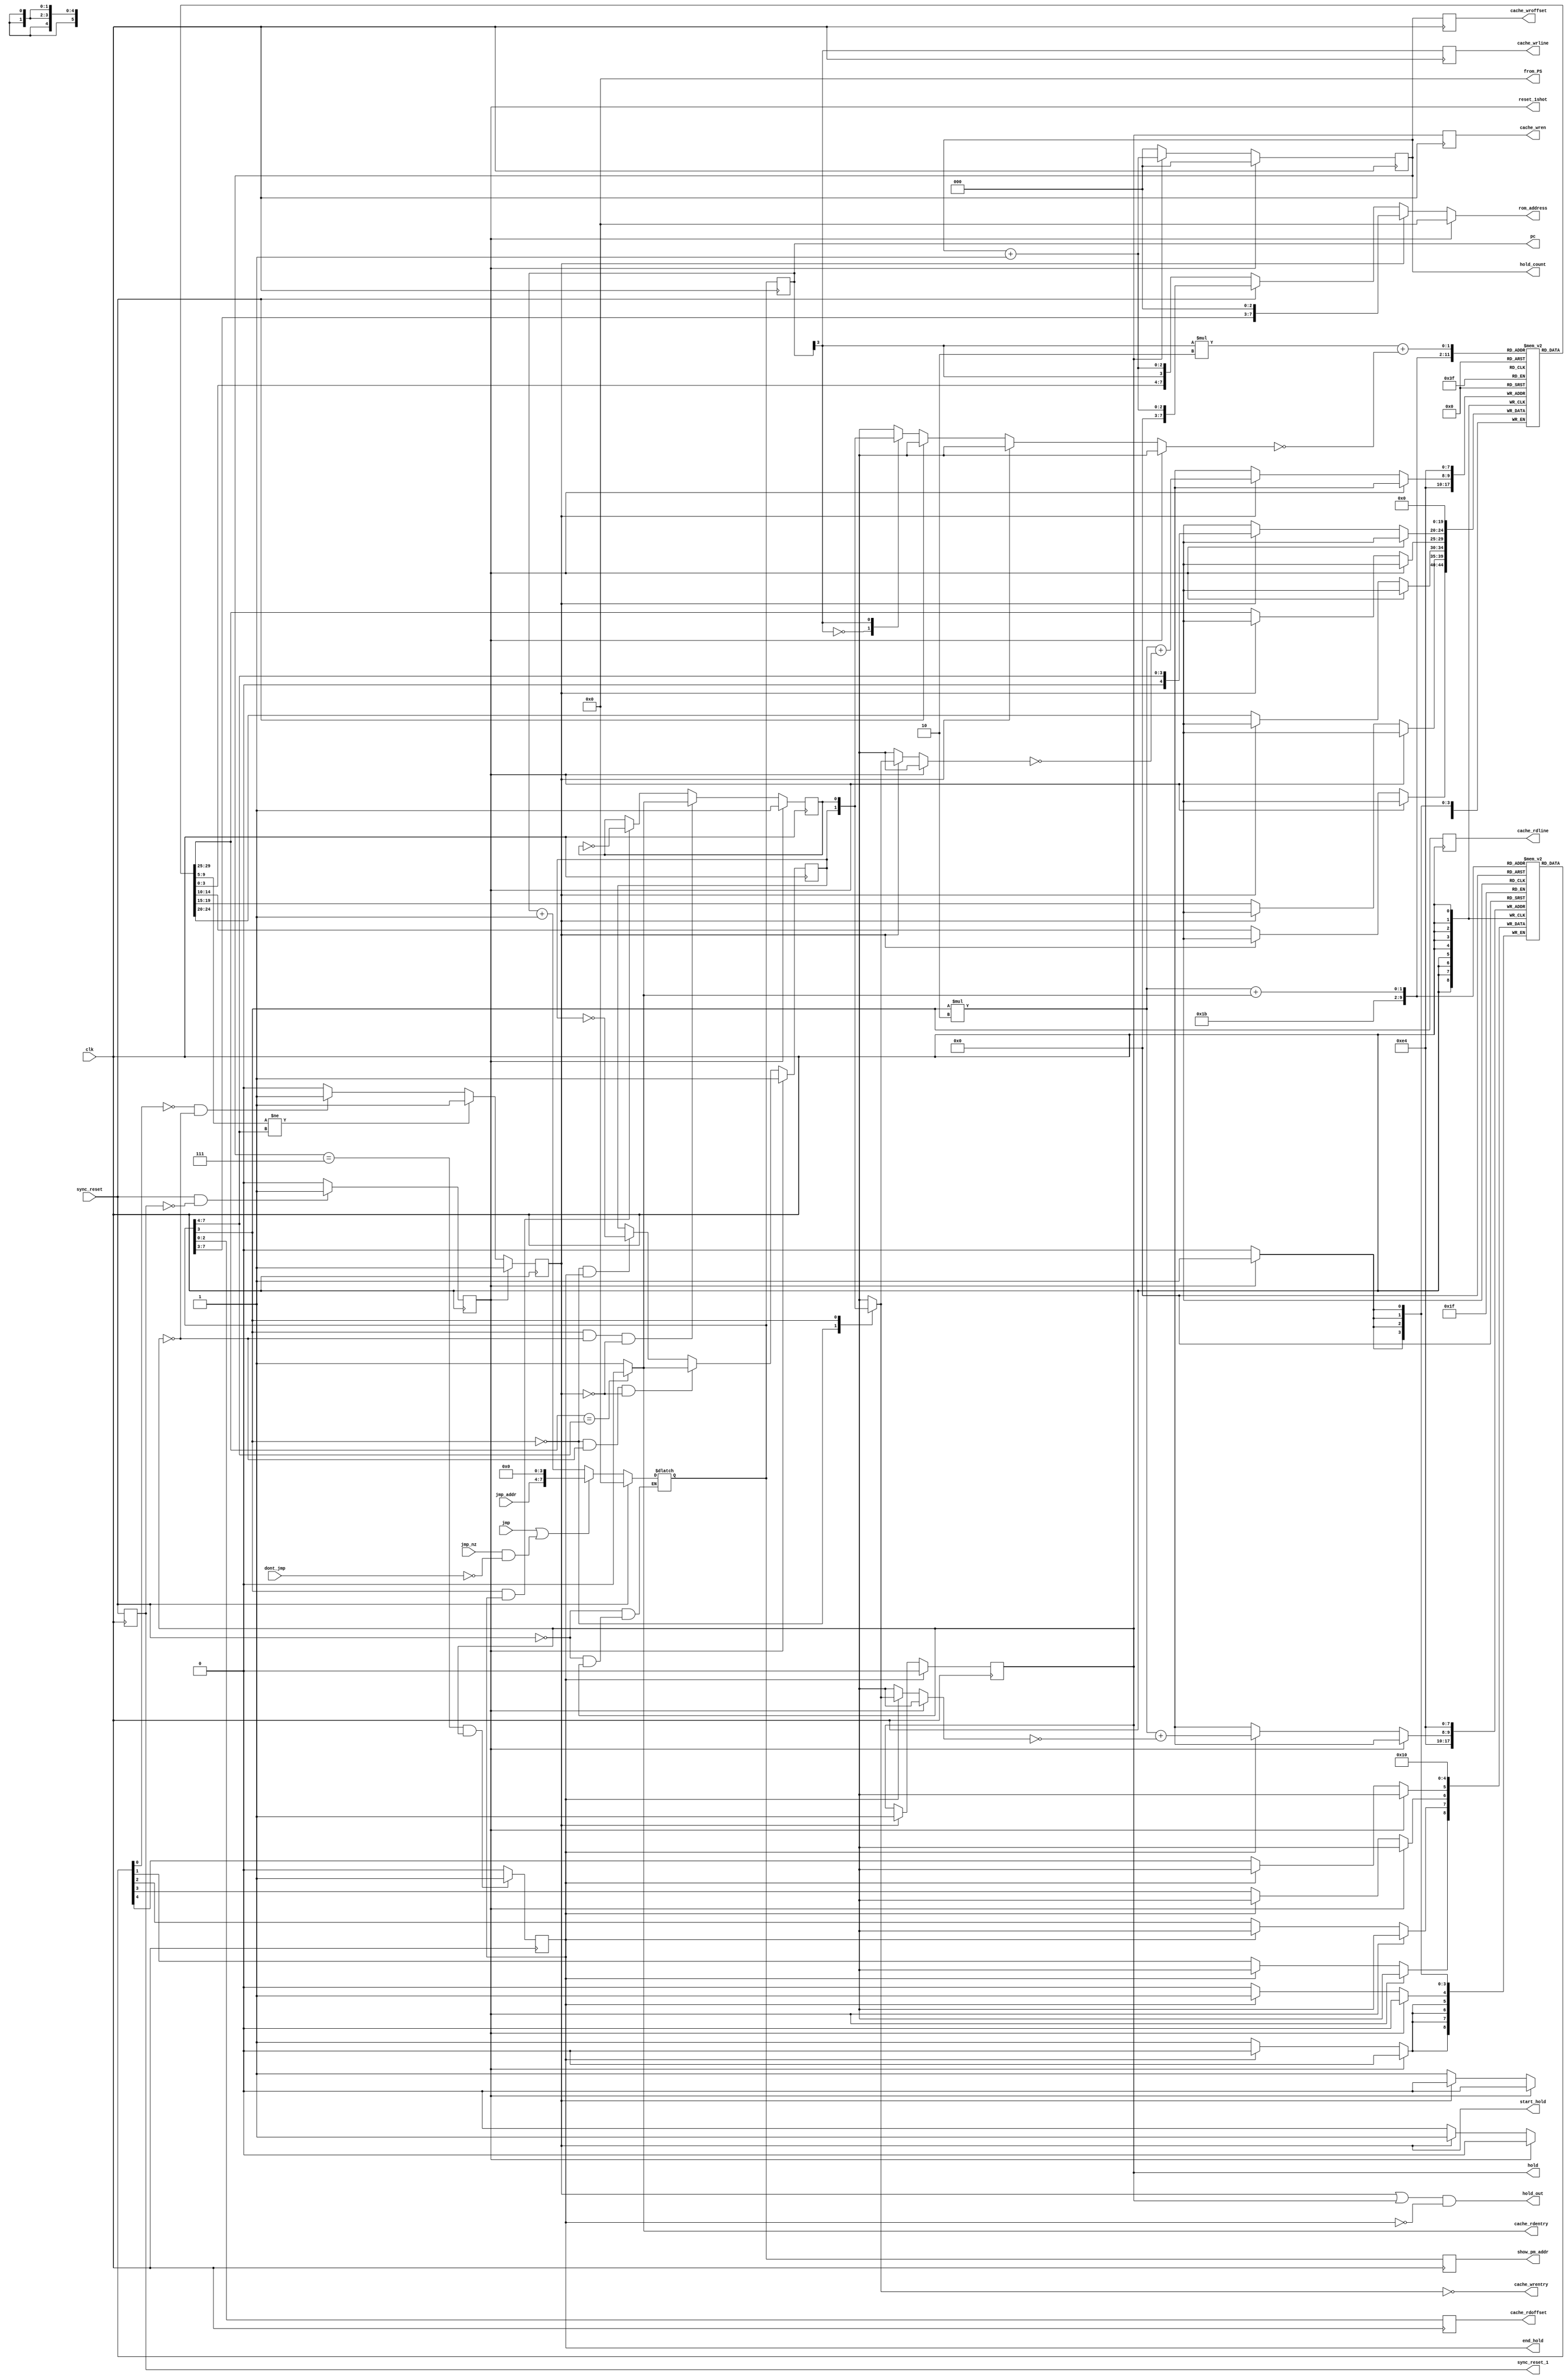
module program_sequencer(
	input clk,
	input sync_reset,
	input [3:0] jmp_addr,
	input jmp,
	input jmp_nz,
	input dont_jmp,
	output wire [7:0] from_PS,
	output reg [7:0] pc,
	output wire hold_out,

	output reg [2:0] cache_wroffset,
	output reg [2:0] cache_rdoffset,
	output reg [0:0] cache_wrline,
	output reg [0:0] cache_rdline,
	output wire cache_rdentry,
	output wire cache_wrentry,
	output reg cache_wren,
	output reg [7:0] rom_address,

	output reg start_hold,
	output reg end_hold,
	output reg hold,
	output reg [2:0] hold_count,
	output reg sync_reset_1,
	output reg reset_1shot,
	
	output reg [7:0] show_pm_addr
);
reg [4:0] tagID [0:1] [0:1];
reg valid [0:1] [0:1];
reg [7:0] pm_addr;
//------------------------------Assignments---------------------------------
assign from_PS = 8'H00;

always@(posedge clk) begin
 show_pm_addr <= pm_addr;
end
//assign from_PS = pc;

//---------------------------Sync_reset_1 Logic-----------------------------
always@(posedge clk)
	sync_reset_1 <= sync_reset;

//---------------------------reset_1shot Logic------------------------------
always@(posedge clk) begin
	if (sync_reset && !sync_reset_1)
		reset_1shot <= 1'b1;
	else
		reset_1shot <= 1'b0;
end

//--------------------------current entry logic-----------------------------
(* keep *)reg currdentry;

always @ (*) begin
	if(pm_addr[3] == 1'b0) begin
		if (tagID[0][0] == pm_addr[7:4])
			currdentry <= 1'b0;
		else
			currdentry <= 1'b1;
	end else begin
		if (tagID[0][0] == pm_addr[7:4])
			currdentry <= 1'b0;
		else
			currdentry <= 1'b1;
	end
end

//----------------------------last used logic-------------------------------
(* noprune *) reg lastused[0:1];

always @(posedge clk) begin
	if (reset_1shot) begin
		lastused[0] <= 1'b1;
	end else if ((pm_addr[3] == 1'b0) && (hold == 1'b0) && (start_hold == 1'b0)) begin
		lastused[0] <= currdentry;
	end else if ((pm_addr[3] == 1'b0) && (end_hold == 1'b1)) begin
		lastused[0] <= ~lastused[0];
	end else begin
		lastused[0] <= lastused[0];
	end
end

always @(posedge clk) begin
	if (reset_1shot) begin
		lastused[1] <= 1'b1;
	end else if ((pm_addr[3] == 1'b1) && (hold == 1'b0) && (start_hold == 1'b0)) begin
		lastused[1] <= currdentry;
	end else if ((pm_addr[3] == 1'b1) && (end_hold == 1'b1)) begin
		lastused[1] <= ~lastused[1];
	end else begin
		lastused[1] <= lastused[1];
	end
end

//------------------------------TagID logic---------------------------------
always @(posedge clk) begin
	if (reset_1shot) begin
		tagID[0][0] <= 4'd0;
		tagID[0][1] <= 4'd0;
		tagID[1][0] <= 4'd0;
		tagID[1][1] <= 4'd0;
	end else if (start_hold) begin
		tagID[pm_addr[3]][~lastused[pm_addr[3]]] <= pm_addr[7:4];
	end else begin
		tagID[0][0] <= tagID[0][0];
		tagID[0][1] <= tagID[0][1];
		tagID[1][0] <= tagID[1][0];
		tagID[1][1] <= tagID[1][1];
	end

end

//----------------------------Valid Logic-----------------------------------

always @(posedge clk) begin
	if (reset_1shot) begin
		valid[0][0] <= 1'b0;
		valid[0][1] <= 1'b0;
		valid[1][0] <= 1'b0;
		valid[1][1] <= 1'b0;
	end else if (end_hold) begin
		valid[pm_addr[3]][~lastused[pm_addr[3]]] <= 1'b1;
	end else begin
		valid[0][0] <= valid[0][0];
		valid[0][1] <= valid[0][1];
		valid[1][0] <= valid[1][0];
		valid[1][1] <= valid[1][1];
	end

end

//-----------------------------Cache Logic----------------------------------
always@(posedge clk) begin
	 cache_wroffset <= hold_count;
	 cache_rdoffset <= pm_addr[2:0];
	 cache_wrline <= pc[3:3];
	 cache_rdline <= pm_addr[3:3];
	 cache_wren <= hold;
end

assign cache_rdentry = currdentry;
assign cache_wrentry = ~lastused[pm_addr[3]];

//----------------------------Start_Hold Logic-------------------------------
always@(posedge clk) begin
	if (reset_1shot)
		start_hold <= 1'b1;
	else if (tagID[pm_addr[3]][currdentry] != pm_addr[7:4])
		start_hold <= 1'b1;
	else if ((valid[pm_addr[3]][currdentry] == 1'b0) && (hold == 1'b0))
		start_hold <= 1'b1;
	else
		start_hold <= 1'b0;
end


//-------------------------------Hold Logic----------------------------------
always@(posedge clk) begin
	if (end_hold)
		hold <= 0;
	else if (start_hold)
		hold <= 1;
	else
		hold <= hold;
end


//-----------------------------Hold_count Logic----------------------------
always@(posedge clk) begin
	if (reset_1shot)
		hold_count <= 3'd0;
	else if(hold)
		hold_count <= hold_count + 3'd1;
	else
		hold_count <= 3'd0;
end

//-------------------------------end_hold Logic----------------------------
always@(posedge clk) begin
	if((hold_count == 3'd7) && (hold == 1'b1))
		end_hold <= 1'b1;
	else
		end_hold <= 1'b0;
end

//----------------------------Hold_out Logic------------------------------------
assign hold_out = ((start_hold | hold) & !(end_hold));

//----------------------------ROM Address Logic---------------------------------
always@(*) begin
	if(reset_1shot)
		rom_address = 8'd0;
	else if (start_hold)
		rom_address = {pm_addr[7:3], 3'd0};
	else if (sync_reset)
		rom_address = {5'd0, hold_count + 3'd1};
	else
		rom_address = {tagID[pc[3]][~lastused[pc[3]]], pc[3], hold_count + 3'd1};
end
//----------------------------PM Address Logic----------------------------------
always @ (*) begin
	if (sync_reset == 1'b1)
		pm_addr = 8'H00;
	else if (hold) 
		pm_addr <= pm_addr;
	else if ((jmp == 1'b1) || ((jmp_nz == 1'b1) && (dont_jmp == 1'b0)))
		pm_addr = {jmp_addr, 4'H0};
	else
		pm_addr = pc + 8'H01;
end

always @(posedge clk)
	pc <= pm_addr;


endmodule